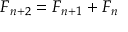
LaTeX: F _ { n + 2 } = F _ { n + 1 } + F _ { n }